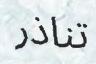
تناذر